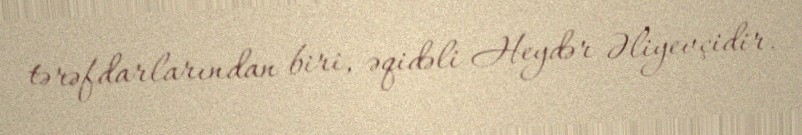
tərəfdarlarından biri, əqidəli Heydər Əliyevçidir.